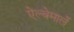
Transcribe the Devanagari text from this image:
ऐल्बेमार्ले